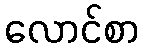
လောင်စာ